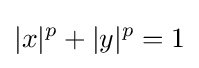
|x|^{p}+|y|^{p}=1